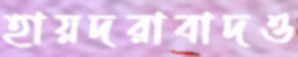
হায়দরাবাদও